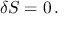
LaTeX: \delta S = 0 \, .